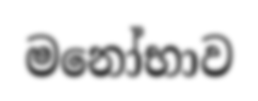
මනෝභාව